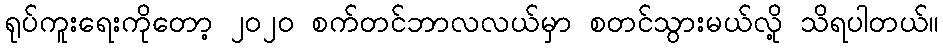
ရုပ်ကူးရေးကိုတော့ ၂၀၂၀ စက်တင်ဘာလလယ်မှာ စတင်သွားမယ်လို့ သိရပါတယ်။